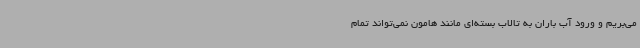
می‌بریم و ورود آب باران به تالاب بسته‌ای مانند هامون نمی‌تواند تمام